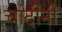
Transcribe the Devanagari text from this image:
चांदीनी